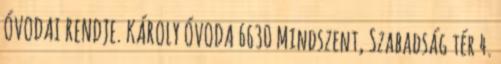
ÓVODAI RENDJE. KÁROLY ÓVODA 6630 Mindszent, Szabadság tér 4.